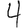
Digit: 4